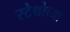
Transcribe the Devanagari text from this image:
स्टेथोच्या